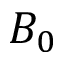
B _ { 0 }